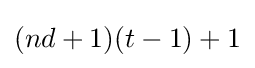
(nd+1)(t-1)+1